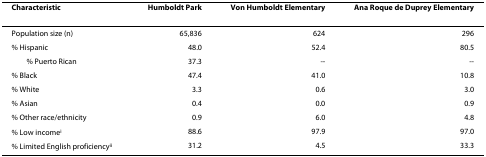
<table><thead><tr><td><b>Characteristic</b></td><td><b>Humboldt Park</b></td><td><b>Von Humboldt Elementary</b></td><td><b>Ana Roque de Duprey Elementary</b></td></tr></thead><tbody><tr><td>Population size (n)</td><td>65,836</td><td>624</td><td>296</td></tr><tr><td>% Hispanic</td><td>48.0</td><td>52.4</td><td>80.5</td></tr><tr><td> % Puerto Rican</td><td>37.3</td><td>--</td><td>--</td></tr><tr><td>% Black</td><td>47.4</td><td>41.0</td><td>10.8</td></tr><tr><td>% White</td><td>3.3</td><td>0.6</td><td>3.0</td></tr><tr><td>% Asian</td><td>0.4</td><td>0.0</td><td>0.9</td></tr><tr><td>% Other race/ethnicity</td><td>0.9</td><td>6.0</td><td>4.8</td></tr><tr><td>% Low income<sup>i</sup></td><td>88.6</td><td>97.9</td><td>97.0</td></tr><tr><td>% Limited English proficiency<sup>ii</sup></td><td>31.2</td><td>4.5</td><td>33.3</td></tr></tbody></table>